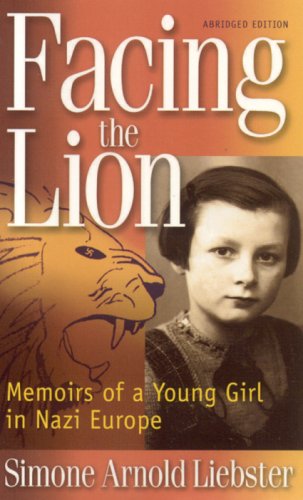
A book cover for Facing the Lion (Abridged Edition): Memoirs of a Young Girl in Nazi Europe; Simone Arnold Liebster; Biographies & Memoirs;